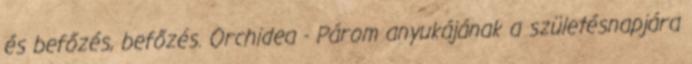
és befőzés, befőzés. Orchidea - Párom anyukájának a születésnapjára